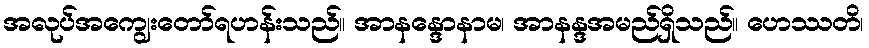
အလုပ်အကျွေးတော်ရဟန်းသည်။ အာနန္ဒောနာမ၊ အာနန္ဒအမည်ရှိသည်။ ဟေဿတိ၊